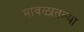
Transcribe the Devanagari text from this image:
मावळातल्या